Report on vaccination in Madras 1904-1921 - 1904-1921
Year: 1904
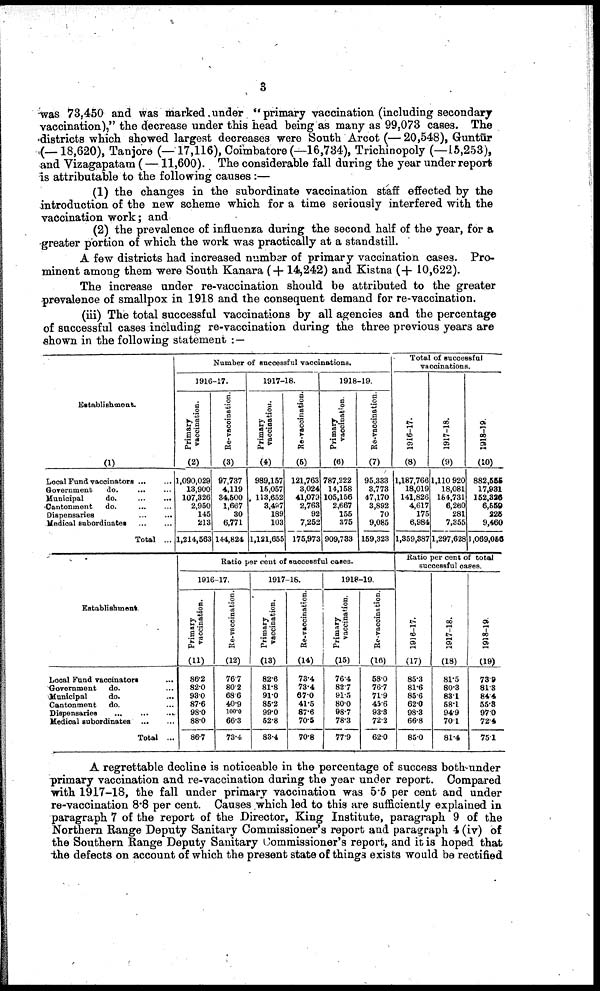
3
was 73,450 and was marked under "primary vaccination (including secondary
vaccination)," the decrease under this head being as many as 99,073 cases. The
districts which showed largest decreases were South Arcot (— 20,548), Guntūr
(—18,620), Tanjore (—17,116), Coimbatore (—16,734), Trichinopoly (—15,253),
and Vizagapatam (—11,600). The considerable fall during the year under report
is attributable to the following causes:—
(1) the changes in the subordinate vaccination staff effected by the
introduction of the new scheme which for a time seriously interfered with the
vaccination work ; and
(2) the prevalence of influenza during the second half of the year, for a
greater portion of which the work was practically at a standstill.
A few districts had increased number of primary vaccination cases. Pro
minent among them were South Kanara (+ 14,242) and Kistna (+ 10,622).
The increase under re-vaccination should be attributed to the greater
prevalence of smallpox in 1918 and the consequent demand for re-vaccination.
(iii) The total successful vaccinations by all agencies and the percentage
of successful cases including re-vaccination during the three previous years are
shown in the following statement : —
Establishment.
(1)
Local Fund vaccinators ... ...
Government
do.
... ...
Municipal
do.
...
...
Cantonment
do. ... ...
Dispensaries ... ...
Medical subordinates ... ...
Total ...
Establishment.
Local Fund vaccinators ...
Government
do. ... ...
Municipal
do. ... ...
Cantonment
do. ... ...
Dispensaries
... ... ...
Medical subordinates
...
...
Total ...
Number of successful vaccinations.
1916-17.
Primary
vaccination.
(2)
1,090,029
13,900
107,326
2,950
145
213
1,214,563
Re-vaccination.
(3)
97,737
4,119
34,500
1,667
30
6,771
144,824
1917-18.
Primary
vaccination.
(4)
989,157
15,057
113,652
3,497
189
103
1,121,655
Re-vaccination.
(6)
121,763
3,024
41,079
2,763
92
7,252
175,973
1918-19.
Primary
vaccination.
(6)
787,222
14,158
105,156
2,667
155
375
909,733
Re-vaccination.
(7)
95,333
3.773
47,170
3,892
70
9,085
159,323
Ratio per cent of successful cases.
1916-17.
Primary
vaccination.
(11)
86.2
82.0
93.0
87.6
98.0
88.0
86.7
Re-vaccination.
(12)
76.7
80.2
68.6
40.9
100.0
66.3
73.4
1917-18.
Primary
vaccination.
(13)
82.6
81.8
91.0
85.2
99.0
52.8
83.4
Re-vaccination.
(14)
73.4
73.4
67.0
41.5
87.6
70.5
70.8
1918-19.
Primary
vaccination.
(15)
76.4
82.7
91.5
80.0
98.7
78.3
77.9
Re-vaccination.
(16)
58.0
76.7
71.9
45.6
93.3
72.2
62.0
Total of successful
vaccinations.
1916-17.
(8)
1,187,766
18,019
141,826
4,617
175
6,984
1,359,387
1917-18.
(9)
1,110 920
18,081
164,731
6,260
281
7,355
1,297,628
1918-19.
(10)
882,555
17,931
152,320
6,559
226
9,460
1,069,056
Ratio per cent of total
successful cases.
1916-17.
(17)
85.3
81.6
85.6
62.0
98.3
66.8
85.0
1917-18.
(18)
81.5
80.3
83.1
58.1
94.9
70.1
81.4
1918-19.
(19)
73.9
81.3
84.4
55.8
97.0
72.4
75.1
A regrettable decline is noticeable in the percentage of success both under
primary vaccination and re-vaccination during the year under report. Compared
with 1917-18, the fall under primary vaccination was 5.5 per cent and under
re-vaccination 8.8 per cent. Causes which led to this are sufficiently explained in
paragraph 7 of the report of the Director, King Institute, paragraph 9 of the
Northern Range Deputy Sanitary Commissioner's report and paragraph 4 (iv) of
the Southern Range Deputy Sanitary Commissioner's report, and it is hoped that
the defects on account of which the present state of things exists would be rectified